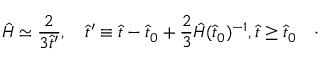
\hat { H } \simeq \frac { 2 } { 3 \hat { t } ^ { \prime } } , \quad \hat { t } ^ { \prime } \equiv \hat { t } - \hat { t } _ { 0 } + \frac { 2 } { 3 } \hat { H } ( \hat { t } _ { 0 } ) ^ { - 1 } , \hat { t } \geq \hat { t } _ { 0 } \quad \cdot